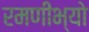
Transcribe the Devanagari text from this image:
रमणीभ्यो